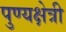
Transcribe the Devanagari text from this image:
पुण्यक्षेत्री